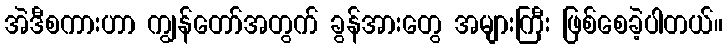
အဲဒီစကားဟာ ကျွန်တော်အတွက် ခွန်အားတွေ အများကြီး ဖြစ်စေခဲ့ပါတယ်။